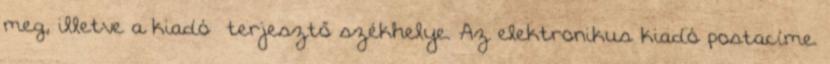
meg, illetve a kiadó terjesztő székhelye. Az elektronikus kiadó postacíme.